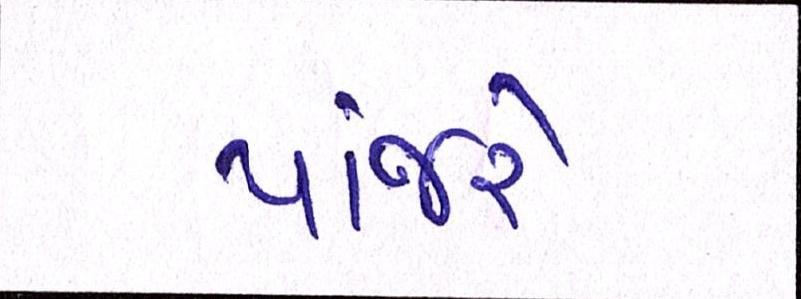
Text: પાંજરે